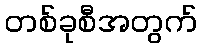
တစ်ခုစီအတွက်